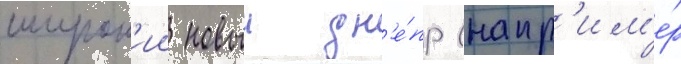
широк'ии новыи дн'е́пр (напр'им'е́р